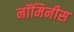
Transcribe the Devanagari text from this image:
नॉमिनीस